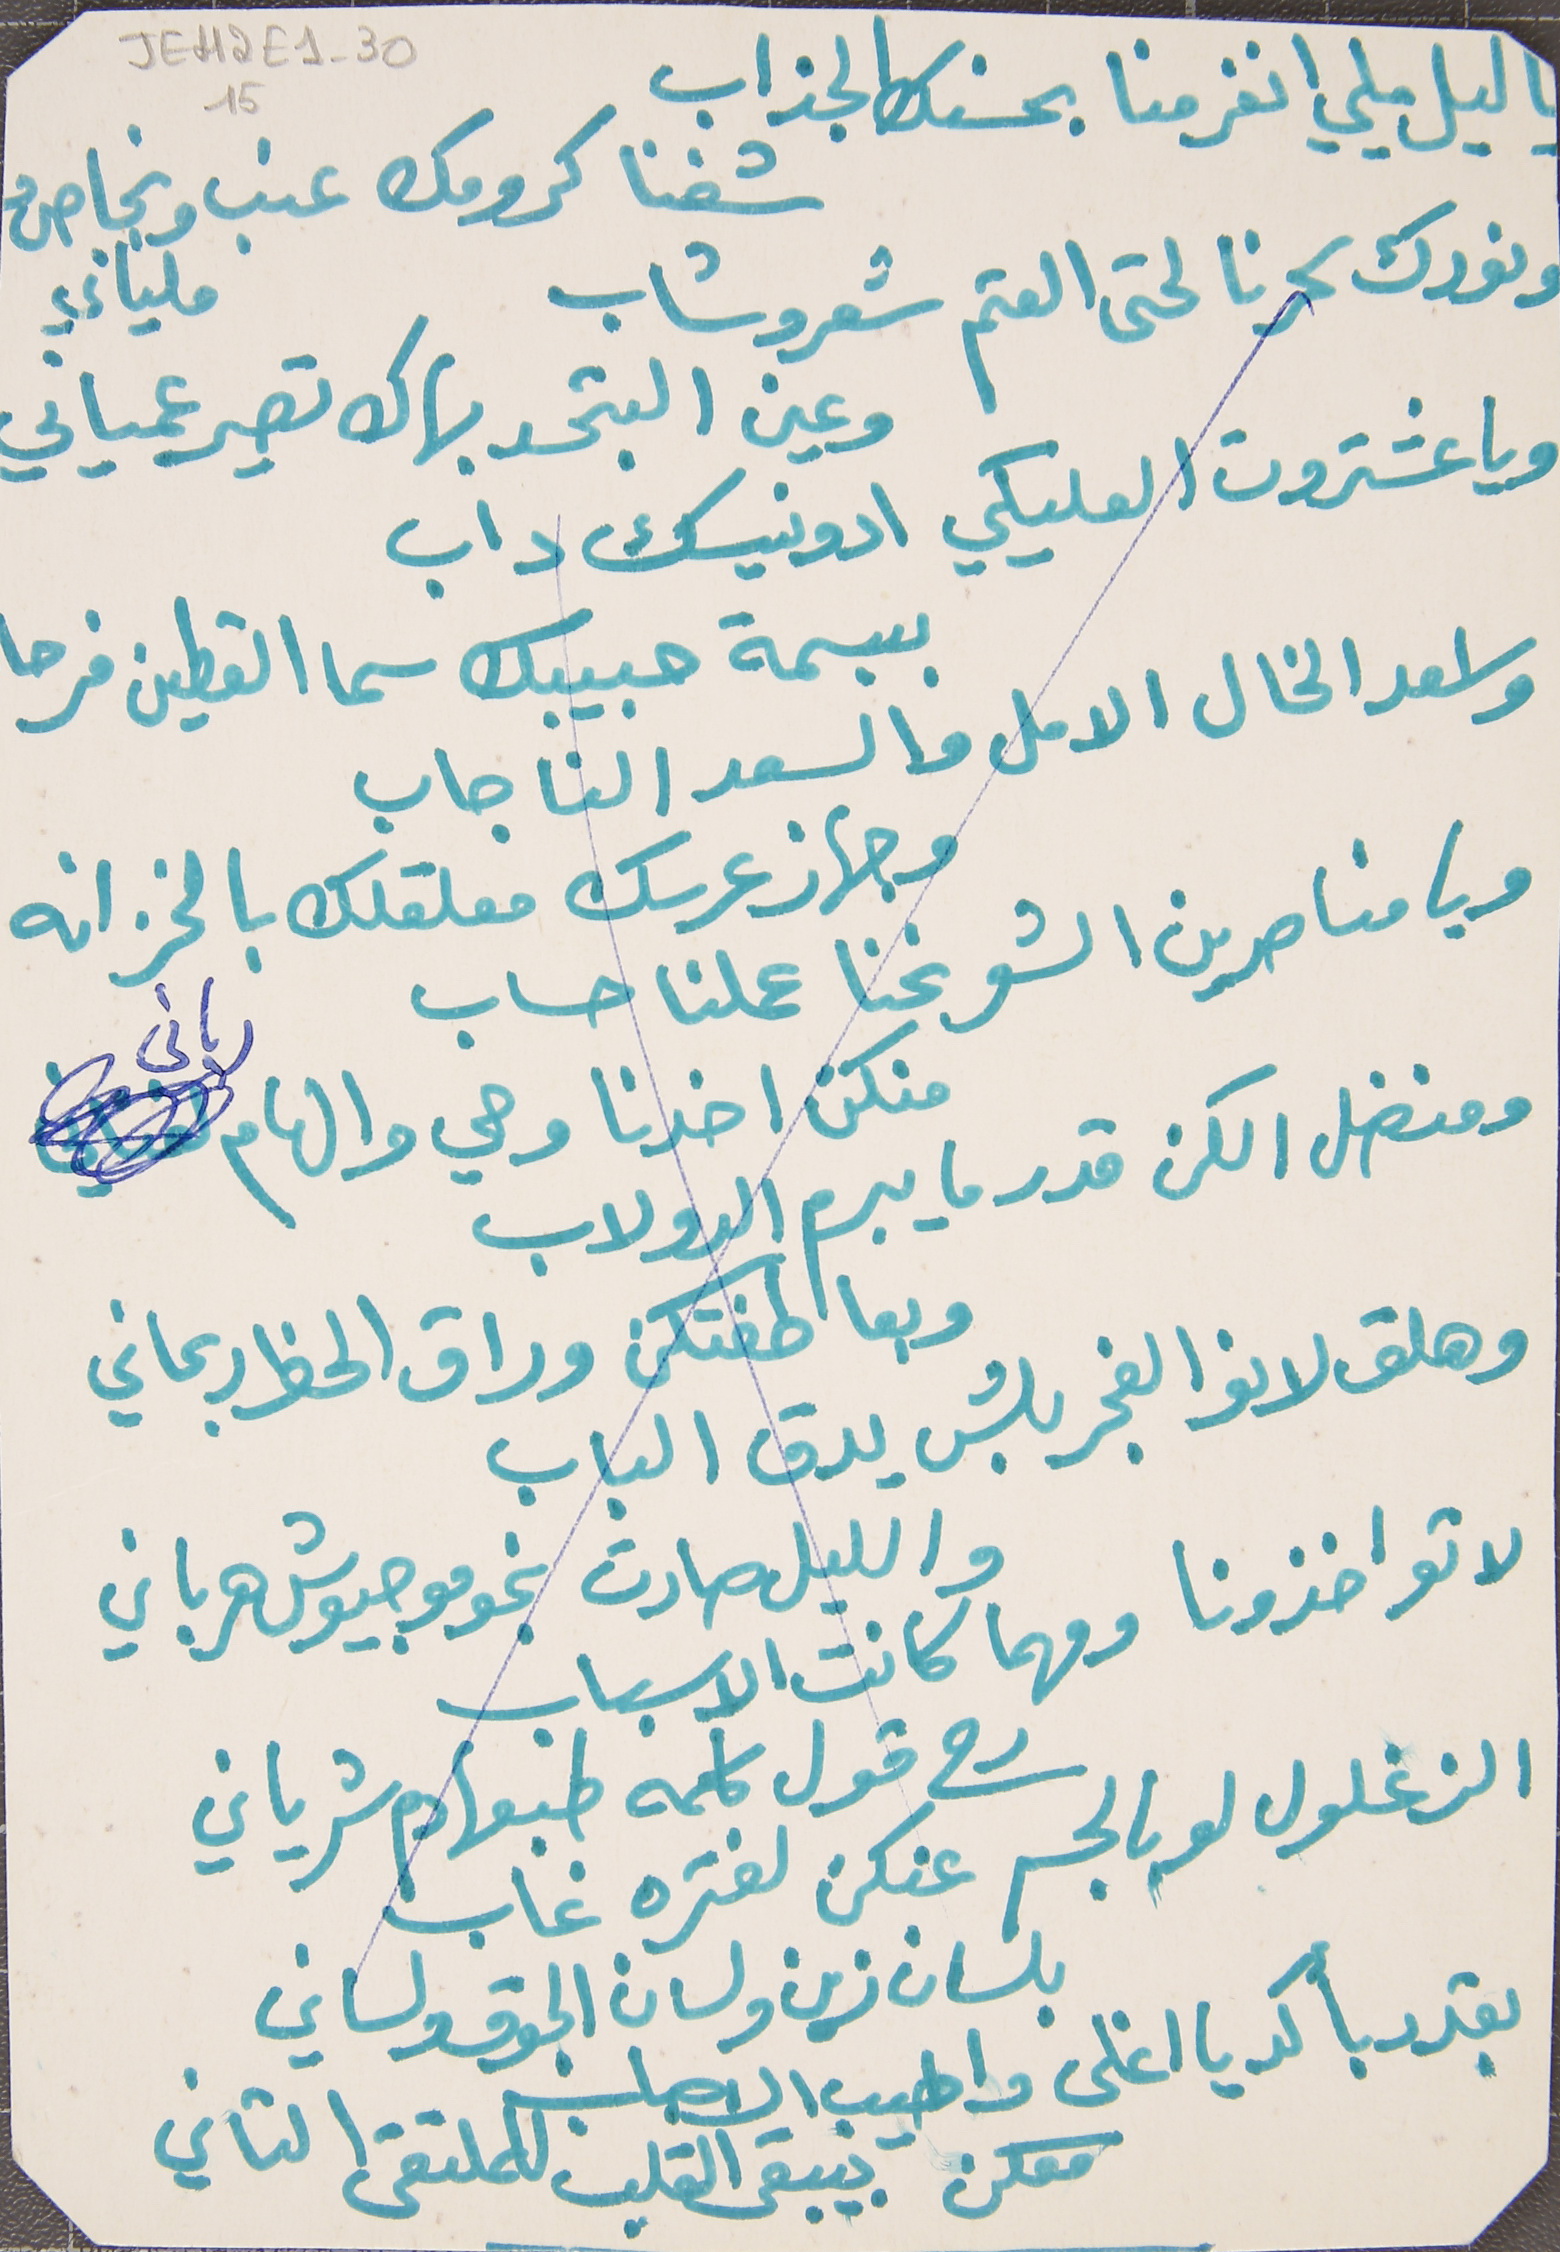
يا ليل يلي انغرمنا بحسنك الجذاب
شفنا كرومك عنب ونجاصُ ملياني
ونورك سحرنا لحتى العتم شعرو شاب
 ويا عشتروت العليكي ادونيسك داب
واسعد الخال الامل والسعد النا جاب
وجهاز عرسك معلقلك بالخزانه
ومنضل الكن قدر ما يبرم الدولاب
 وبعاطفتكن وراق الحظ ربحاني
لا تواخذونا ومهما كانت الاسباب
الزغلول لو بالجسم عنكن لفتره غاب
وعين البتحسد بهاك تصير عمياني
ببسمة حبيبك سما القطين فرحا
ويا مناصرين الشعر نحنا عملنا حساب
منكن اخدنا وحي والهام رباني
وهلق لانوا الفجر بلش يدق الباب
والليل صارت نجومو جيوش هرباني
رح قول كلمه طبعها دم شرياني
بلسان زين ولسان الجوق ولساني
بقدر بأكد يا اغلى واطيب الاحباب
معكن بيبقى القلب للملتقى التاني
JEH2E1-3015